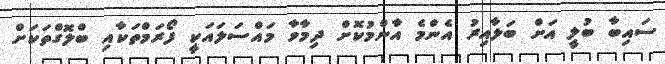
ސައިބާ ބުލީ އަށް ބަލާއިރު އެންމެ އާންމުކޮށް ދިމާވާ މައްސަލައަކީ ފޯރަމްތަކާއި ބްލޮގްތަކަށް